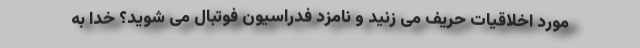
مورد اخلاقیات حریف می زنید و نامزد فدراسیون فوتبال می شوید؟ خدا به